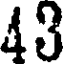
43